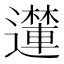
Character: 𮟝